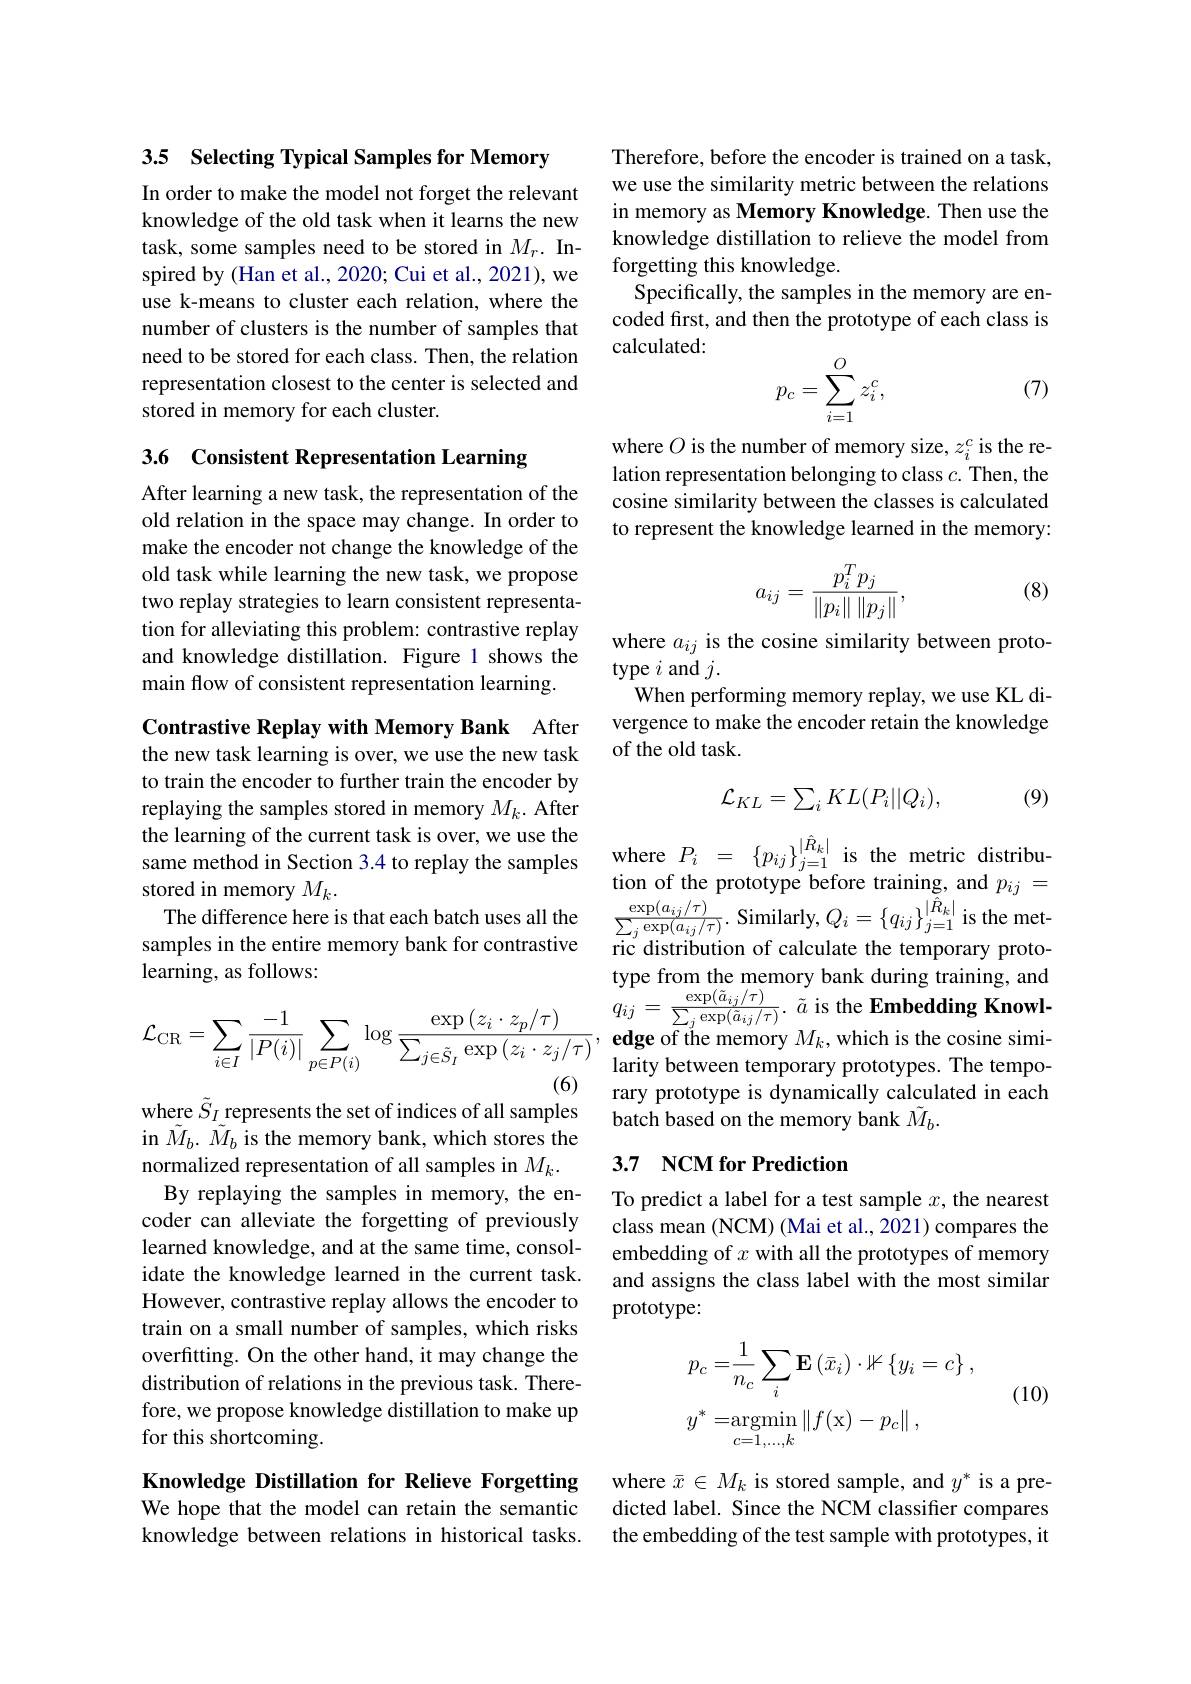
3.5 Selecting Typical Samples for Memory

In order to make the model not forget the relevant knowledge of the old task when it learns the new task, some samples need to be stored in $M_r.$ Inspired by (Han et al., 2020; Cui et al., 2021), we use k-means to cluster each relation, where the number of clusters is the number of samples that need to be stored for each class. Then, the relation representation closest to the center is selected and stored in memory for each cluster.

3.6 Consistent Representation Learning

After learning a new task, the representation of the old relation in the space may change. In order to make the encoder not change the knowledge of the old task while learning the new task, we propose two replay strategies to learn consistent representation for alleviating this problem: contrastive replay and knowledge distillation. Figure 1 shows the main flow of consistent representation learning.

Contrastive Replay with Memory Bank After

the new task learning is over, we use the new task to train the encoder to further train the encoder by replaying the samples stored in memory $M_k.$ After the learning of the current task is over, we use the same method in Section 3.4 to replay the samples tion of the prototype before training, and $p_{ij}=$ The difference here is that each batch uses all the$\frac {\exp ( a_{ij}/ \tau ) }{\sum _j\exp ( a_{ij}/ \tau ) \cdot }$Similarly, $Q_i= \{ q_{ij}\} _{j= 1}^{| \hat{R} _k| }$ is the met- samples in the entire memory bank for contrastiveri
learning, as follows:
$$\mathcal{L}_{\mathrm{CR}}=\sum_{i\in I}\frac{-1}{|P(i)|}\sum_{p\in P(i)}\log\frac{\exp\left(z_{i}\cdot z_{p}/\tau\right)}{\sum_{j\in\tilde{S}_{I}}\exp\left(z_{i}\cdot z_{j}/\tau\right)},$$
where $\tilde{S}_I$ represents the set of indices of all samples

in $\tilde{M}_{b}.\tilde{M}_{b}$ is the memory bank, which stores the
normalized representation of all samples in $M_k.$
By replaying the samples in memory, the encoder can alleviate the forgetting of previously learned knowledge, and at the same time, consolidate the knowledge learned in the current task. However, contrastive replay allows the encoder to train on a small number of samples, which risks overfitting. On the other hand, it may change the distribution of relations in the previous task. Therefore, we propose knowledge distillation to make up for this shortcoming.

Knowledge Distillation for Relieve Forgetting

We hope that the model can retain the semantic knowledge between relations in historical tasks.

Therefore, before the encoder is trained on a task, we use the similarity metric between the relations in memory as Memory Knowledge. Then use the knowledge distillation to relieve the model from forgetting this knowledge.
Specifically, the samples in the memory are encoded first, and then the prototype of each class is calculated:
$$p_c=\sum_{i=1}^Oz_i^c,$$
(7)

where $O$ is the number of memory size, $z_i^c$ is the relation representation belonging to class $c.$ Then, the cosine similarity between the classes is calculated to represent the knowledge learned in the memory:

(8)
$$a_{ij}=\frac{p_i^Tp_j}{\left\|p_i\right\|\left\|p_j\right\|},$$
where $a_{ij}$ is the cosine similarity between proto-
type $i$ and $j.$
When performing memory replay, we use KL divergence to make the encoder retain the knowledge of the old task.

(9)
$$\mathcal{L}_{KL}=\sum_{i}KL(P_{i}||Q_{i}),$$
where $P_i=\{p_{ij}\}_{j=1}^{|\hat{R}_k|}$ is the metric distributype from the memory bank during training, and $q_{ij}=\frac{\exp(\tilde{a}_{ij}/\tau)}{\sum_{j}\exp(\tilde{a}_{ij}/\tau)}.$ $\tilde{a}$ is the Embedding Knowledge of the memory $M_k$,which is the cosine similarity between temporary prototypes. The temporary prototype is dynamically calculated in each batch based on the memory bank $\tilde{M}_b.$

## 3.7 $\textbf{NCM for Prediction}$

To predict a label for a test sample $x$, the nearest class mean (NCM) (Mai et al., 2021) compares the embedding of $x$ with all the prototypes of memory and assigns the class label with the most similar prototype:

(10)
$$\begin{aligned}&p_{c}=&&\frac{1}{n_{c}}\sum_{i}\mathbf{E}\left(\bar{x}_{i}\right)\cdot\mathbb{1}\left\{y_{i}=c\right\},\\&y^{*}=&&\underset{c=1,...,k}{\operatorname*{argmin}}\left\|f(\mathrm{x})-p_{c}\right\|,\end{aligned}$$
where $\bar{x}\in M_k$ is stored sample, and $y^*$ is a predicted label. Since the NCM classifier compares the embedding of the test sample with prototypes, it